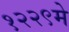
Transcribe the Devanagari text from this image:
१२२९मे